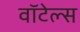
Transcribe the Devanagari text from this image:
वॉटेल्स